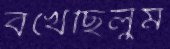
বখেছিলুম